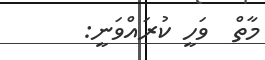
މާތް  ވަހީ ކުރައްވަނީ: